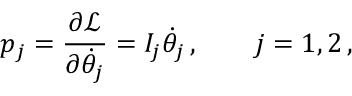
p _ { j } = \frac { \partial \mathcal { L } } { \partial \dot { \theta } _ { j } } = I _ { j } \dot { \theta } _ { j } \, , \qquad j = 1 , 2 \, ,